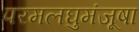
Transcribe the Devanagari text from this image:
परमलघुमंजूषा